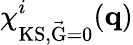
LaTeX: \chi_{\mathrm{KS,\vec{G}=0}}^{i}(\mathbf{q})